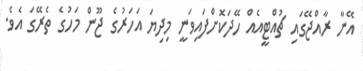
އޭނާ ރާއްޖޭގައި ޗުއްޓީއެއް ހޭދަކޮށްފައިވަނީ މިދިޔަ އަހަރުގެ ޖޫން މަހުގެ ތެރޭގަ އެވެ.